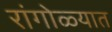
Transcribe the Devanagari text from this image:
रांगोळ्यात